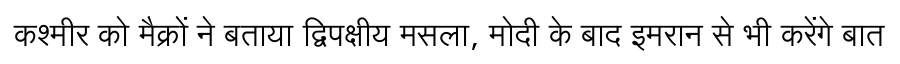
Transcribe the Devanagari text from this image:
कश्मीर को मैक्रों ने बताया द्विपक्षीय मसला, मोदी के बाद इमरान से भी करेंगे बात